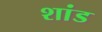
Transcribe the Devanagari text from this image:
शांड